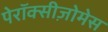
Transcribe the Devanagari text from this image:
पेरॉक्सीज़ोमेस